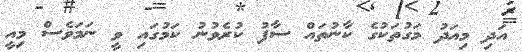
އަދި މިއަދު މަގުތަކުގެ ކާނުތައް ސާފު ކުރެވުނު ކަމުގައި ވީ ނަމަވެސް މިއީ